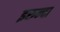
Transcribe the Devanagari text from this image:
इरुन्दा